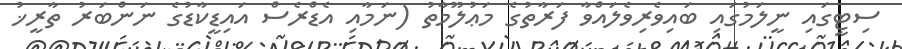
ސިޓީގައި ނީލަމުގައި ބައިވެރިވެލައްވާ ފަރާތުގެ މަޢުލޫމާތު (ނަމާއި އެޑްރެސް އައިޑީކާޑުގެ ނަންބަރު ތާރީޚު